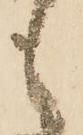
も